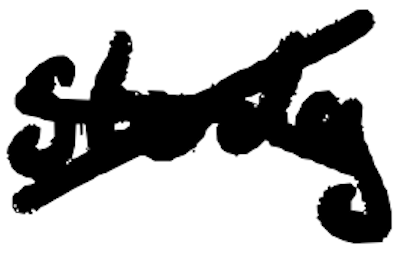
Text: study
Cross-out: cross
Writing tool: digital_black